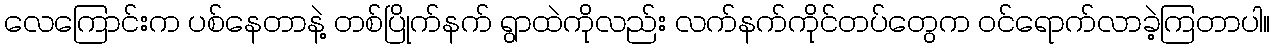
လေကြောင်းက ပစ်နေတာနဲ့ တစ်ပြိုက်နက် ရွာထဲကိုလည်း လက်နက်ကိုင်တပ်တွေက ဝင်ရောက်လာခဲ့ကြတာပါ။